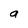
Character: a